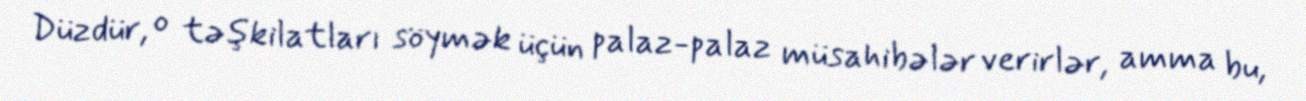
Düzdür, o təşkilatları söymək üçün palaz-palaz müsahibələr verirlər, amma bu,